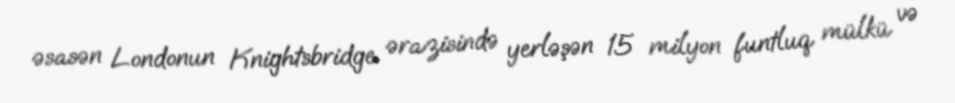
əsasən Londonun Knightsbridge ərazisində yerləşən 15 milyon funtluq mülkü və